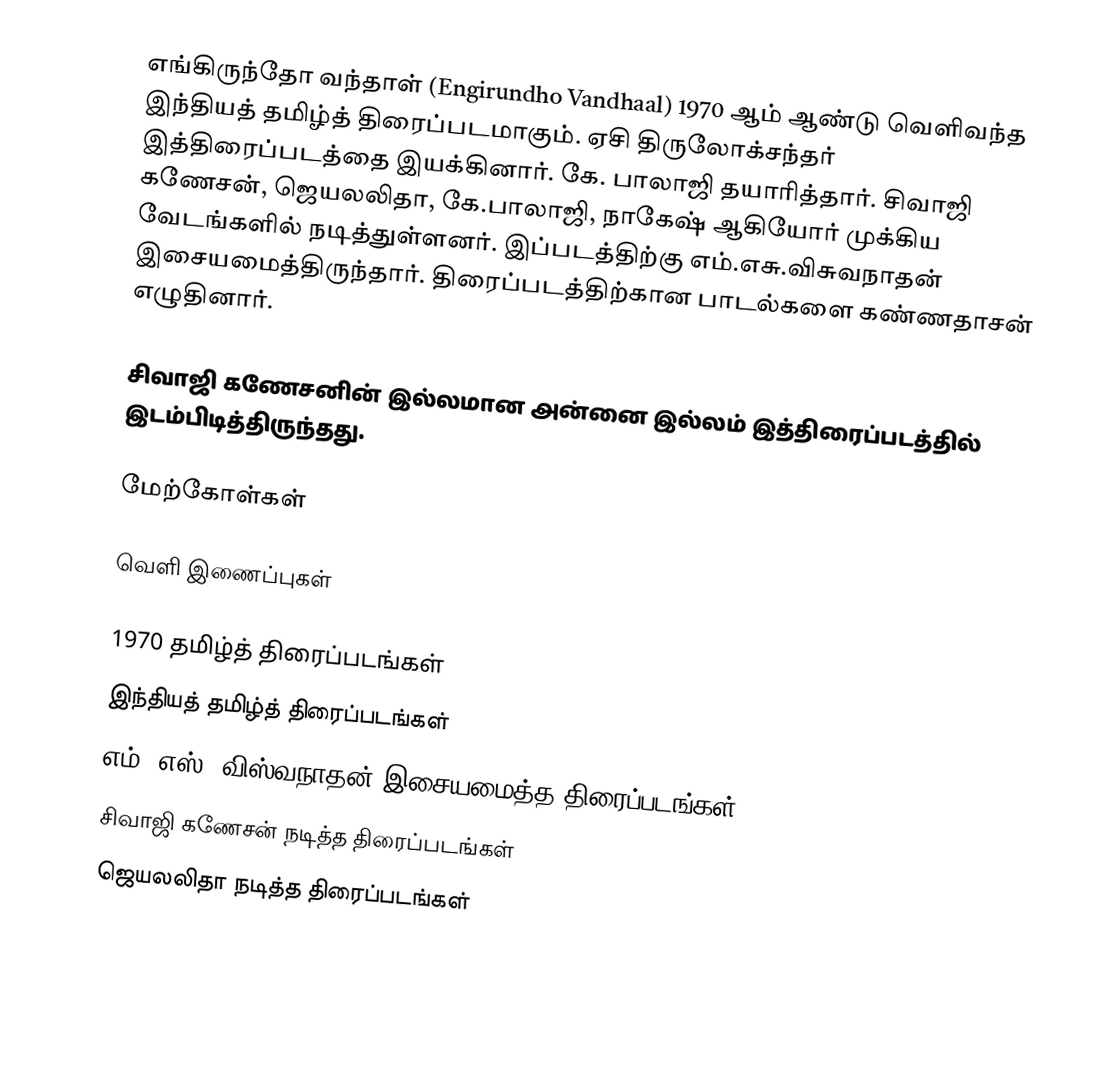
எங்கிருந்தோ வந்தாள் (Engirundho Vandhaal) 1970 ஆம் ஆண்டு வெளிவந்த இந்தியத் தமிழ்த் திரைப்படமாகும்.  ஏசி திருலோக்சந்தர் இத்திரைப்படத்தை இயக்கினார். கே. பாலாஜி தயாரித்தார். சிவாஜி கணேசன், ஜெயலலிதா, கே.பாலாஜி, நாகேஷ் ஆகியோர் முக்கிய வேடங்களில் நடித்துள்ளனர். இப்படத்திற்கு எம்.எசு.விசுவநாதன் இசையமைத்திருந்தார். திரைப்படத்திற்கான பாடல்களை கண்ணதாசன் எழுதினார்.

சிவாஜி கணேசனின் இல்லமான அன்னை இல்லம் இத்திரைப்படத்தில் இடம்பிடித்திருந்தது.

மேற்கோள்கள்

வெளி இணைப்புகள்

1970 தமிழ்த் திரைப்படங்கள்
இந்தியத் தமிழ்த் திரைப்படங்கள்
எம். எஸ். விஸ்வநாதன் இசையமைத்த திரைப்படங்கள்
சிவாஜி கணேசன் நடித்த திரைப்படங்கள்
ஜெயலலிதா நடித்த திரைப்படங்கள்